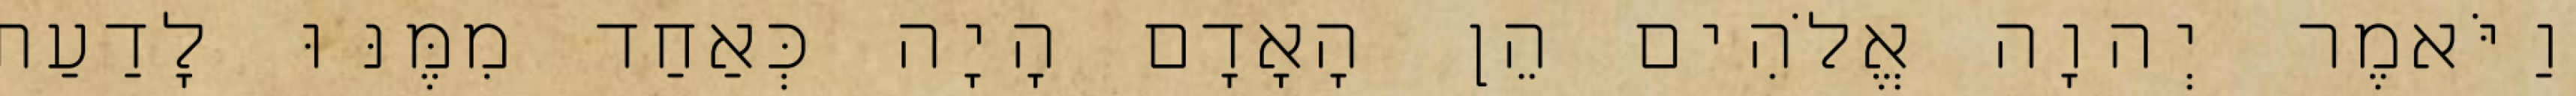
וַיֹּאמֶר יְהוָה אֱלֹהִים הֵן הָאָדָם הָיָה כְּאַחַד מִמֶּנּוּ לָדַעַת